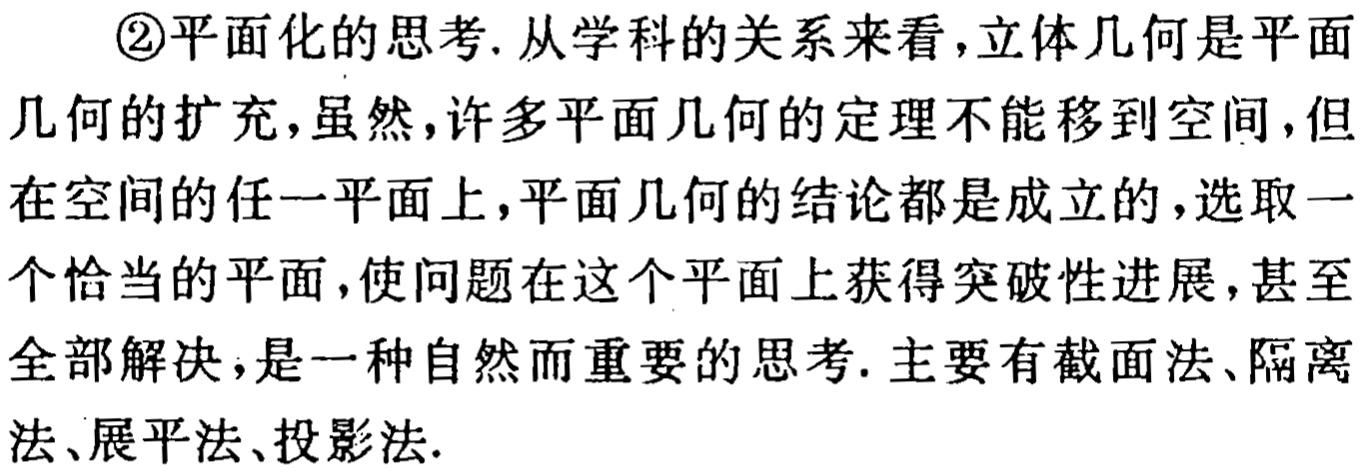
\textcircled{2}平面化的思考. 从学科的关系来看，立体几何是平面几何的扩充，虽然，许多平面几何的定理不能移到空间，但在空间的任一平面上，平面几何的结论都是成立的，选取一个恰当的平面，使问题在这个平面上获得突破性进展，甚至全部解决，是一种自然而重要的思考. 主要有截面法、隔离法、展平法、投影法.